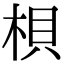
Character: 梖